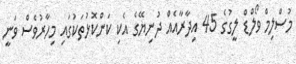
މުސްލިމް ވޯލްޑް ލީގުގެ 45 އިދާރާއެއް ދުނިޔޭގެ އެކި ކަންކޮޅުތަކުގައި މިހާރުވެސް ވަނީ